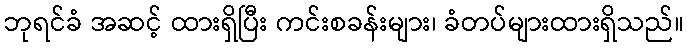
ဘုရင်ခံ အဆင့် ထားရှိပြီး ကင်းစခန်းများ၊ ခံတပ်များထားရှိသည်။